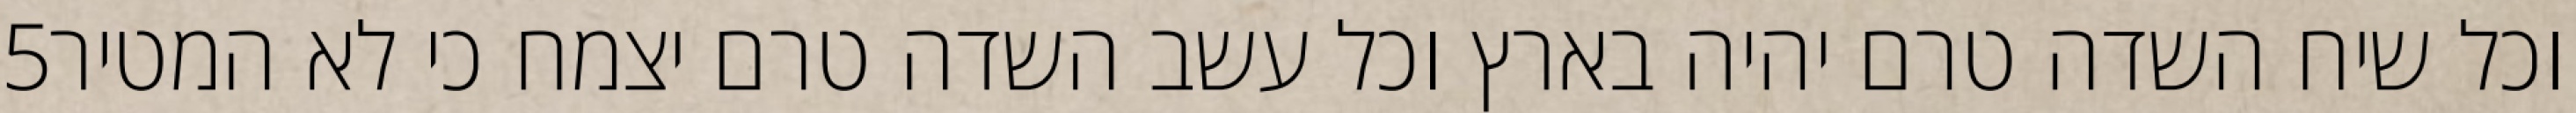
‎5‏ וכל שיח השדה טרם יהיה בארץ וכל עשב השדה טרם יצמח כי לא המטיר